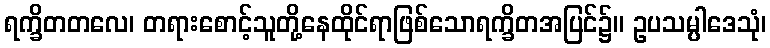
ရက္ခိတတလေ၊ တရားစောင့်သူတို့နေထိုင်ရာဖြစ်သောရက္ခိတအပြင်၌။ ဥပသမ္ပါဒေသုံ၊